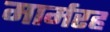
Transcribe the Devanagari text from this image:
मार्मरह